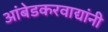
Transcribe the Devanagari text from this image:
आंबेडकरवाद्यांनी